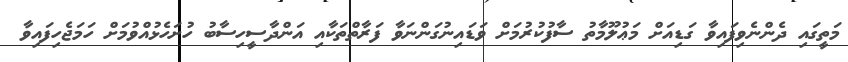
މަތީގައި ދެންނެވިފައިވާ ގަޑިއަށް މަޢުލޫމާތު ސާފުކުރުމަށް ވަޑައިނުގަންނަވާ ފަރާތްތަކާއި އަންދާސީހިސާބު ހުށަހެޅުއްވުމަށް ހަމަޖެހިފައިވާ